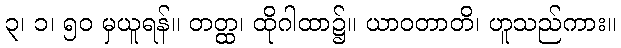
၃၊ ၁၊ ၅၀ မှယူရန်။ တတ္ထ၊ ထိုဂါထာ၌။ ယာဝတာတိ၊ ဟူသည်ကား။